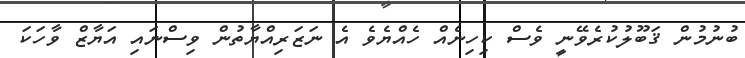
ބުނުމުން ޤަބޫލުކުރެވޭނީ ވެސް ކިހިނެއް ހެއްޔެވެ އެ ނަޒަރިއްޔާތުން ވިސްނައި އަޔާޒް ވާހަކަ